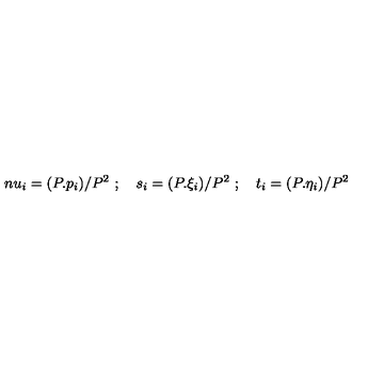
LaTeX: \, n u _ { i } = ( P . p _ { i } ) / P ^ { 2 } \ ; \quad s _ { i } = ( P . \xi _ { i } ) / P ^ { 2 } \ ; \quad t _ { i } = ( P . \eta _ { i } ) / P ^ { 2 }